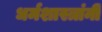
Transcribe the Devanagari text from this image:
धर्मशास्त्रांनी